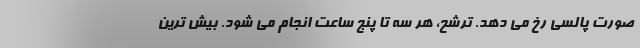
صورت پالسی رخ می دهد. ترشح، هر سه تا پنج ساعت انجام می شود. بیش ترین